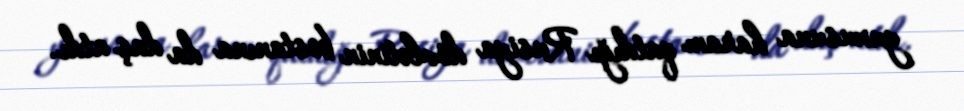
yuxusuna haram qatdığı Rusiya dövlətinin bostanına da daş atdı.